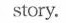
story.